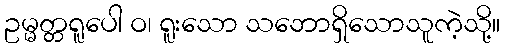
ဥမ္မတ္တရူပေါ ဝ၊ ရူးသော သဘောရှိသောသူကဲ့သို့။